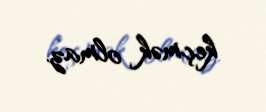
keçmək olmaz.